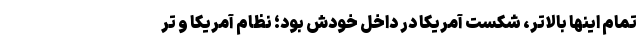
تمام اینها بالاتر، شکست آمریکا در داخل خودش بود؛ نظام آمریکا و تر